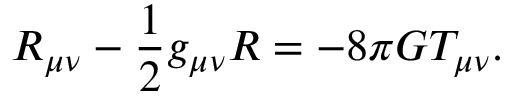
R _ { \mu \nu } - \frac { 1 } { 2 } g _ { \mu \nu } R = - 8 \pi G T _ { \mu \nu } .